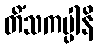
တိံသကပ္ပါနိ